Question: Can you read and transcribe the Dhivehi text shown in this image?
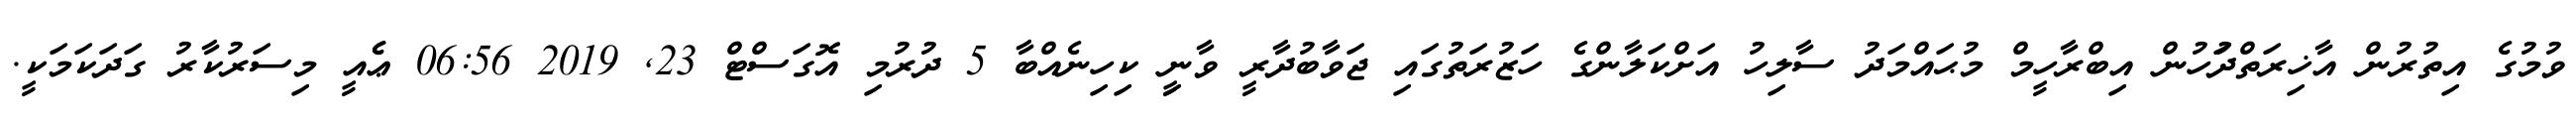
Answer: ވުމުގެ އިތުރުން އާޚިރަތްދުަހުން އިބްރާހީމް މުޙައްމަދު ސާލިހު އަށްކަލާންގެ ހަޒުރަތުގައި ޖަވާބުދާރީ ވާނީި ކިހިނެއްބާ 5 ދުރުމި އޮގަސްޓް 23, 2019 06:56 ޢެެއީ މިސަރުކާރު ގަދަކަމަކީ.